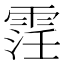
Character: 䨙